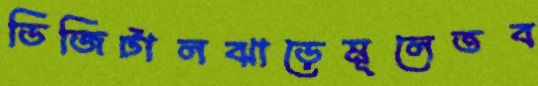
ডিজিটালঝাড়েমূলেতব